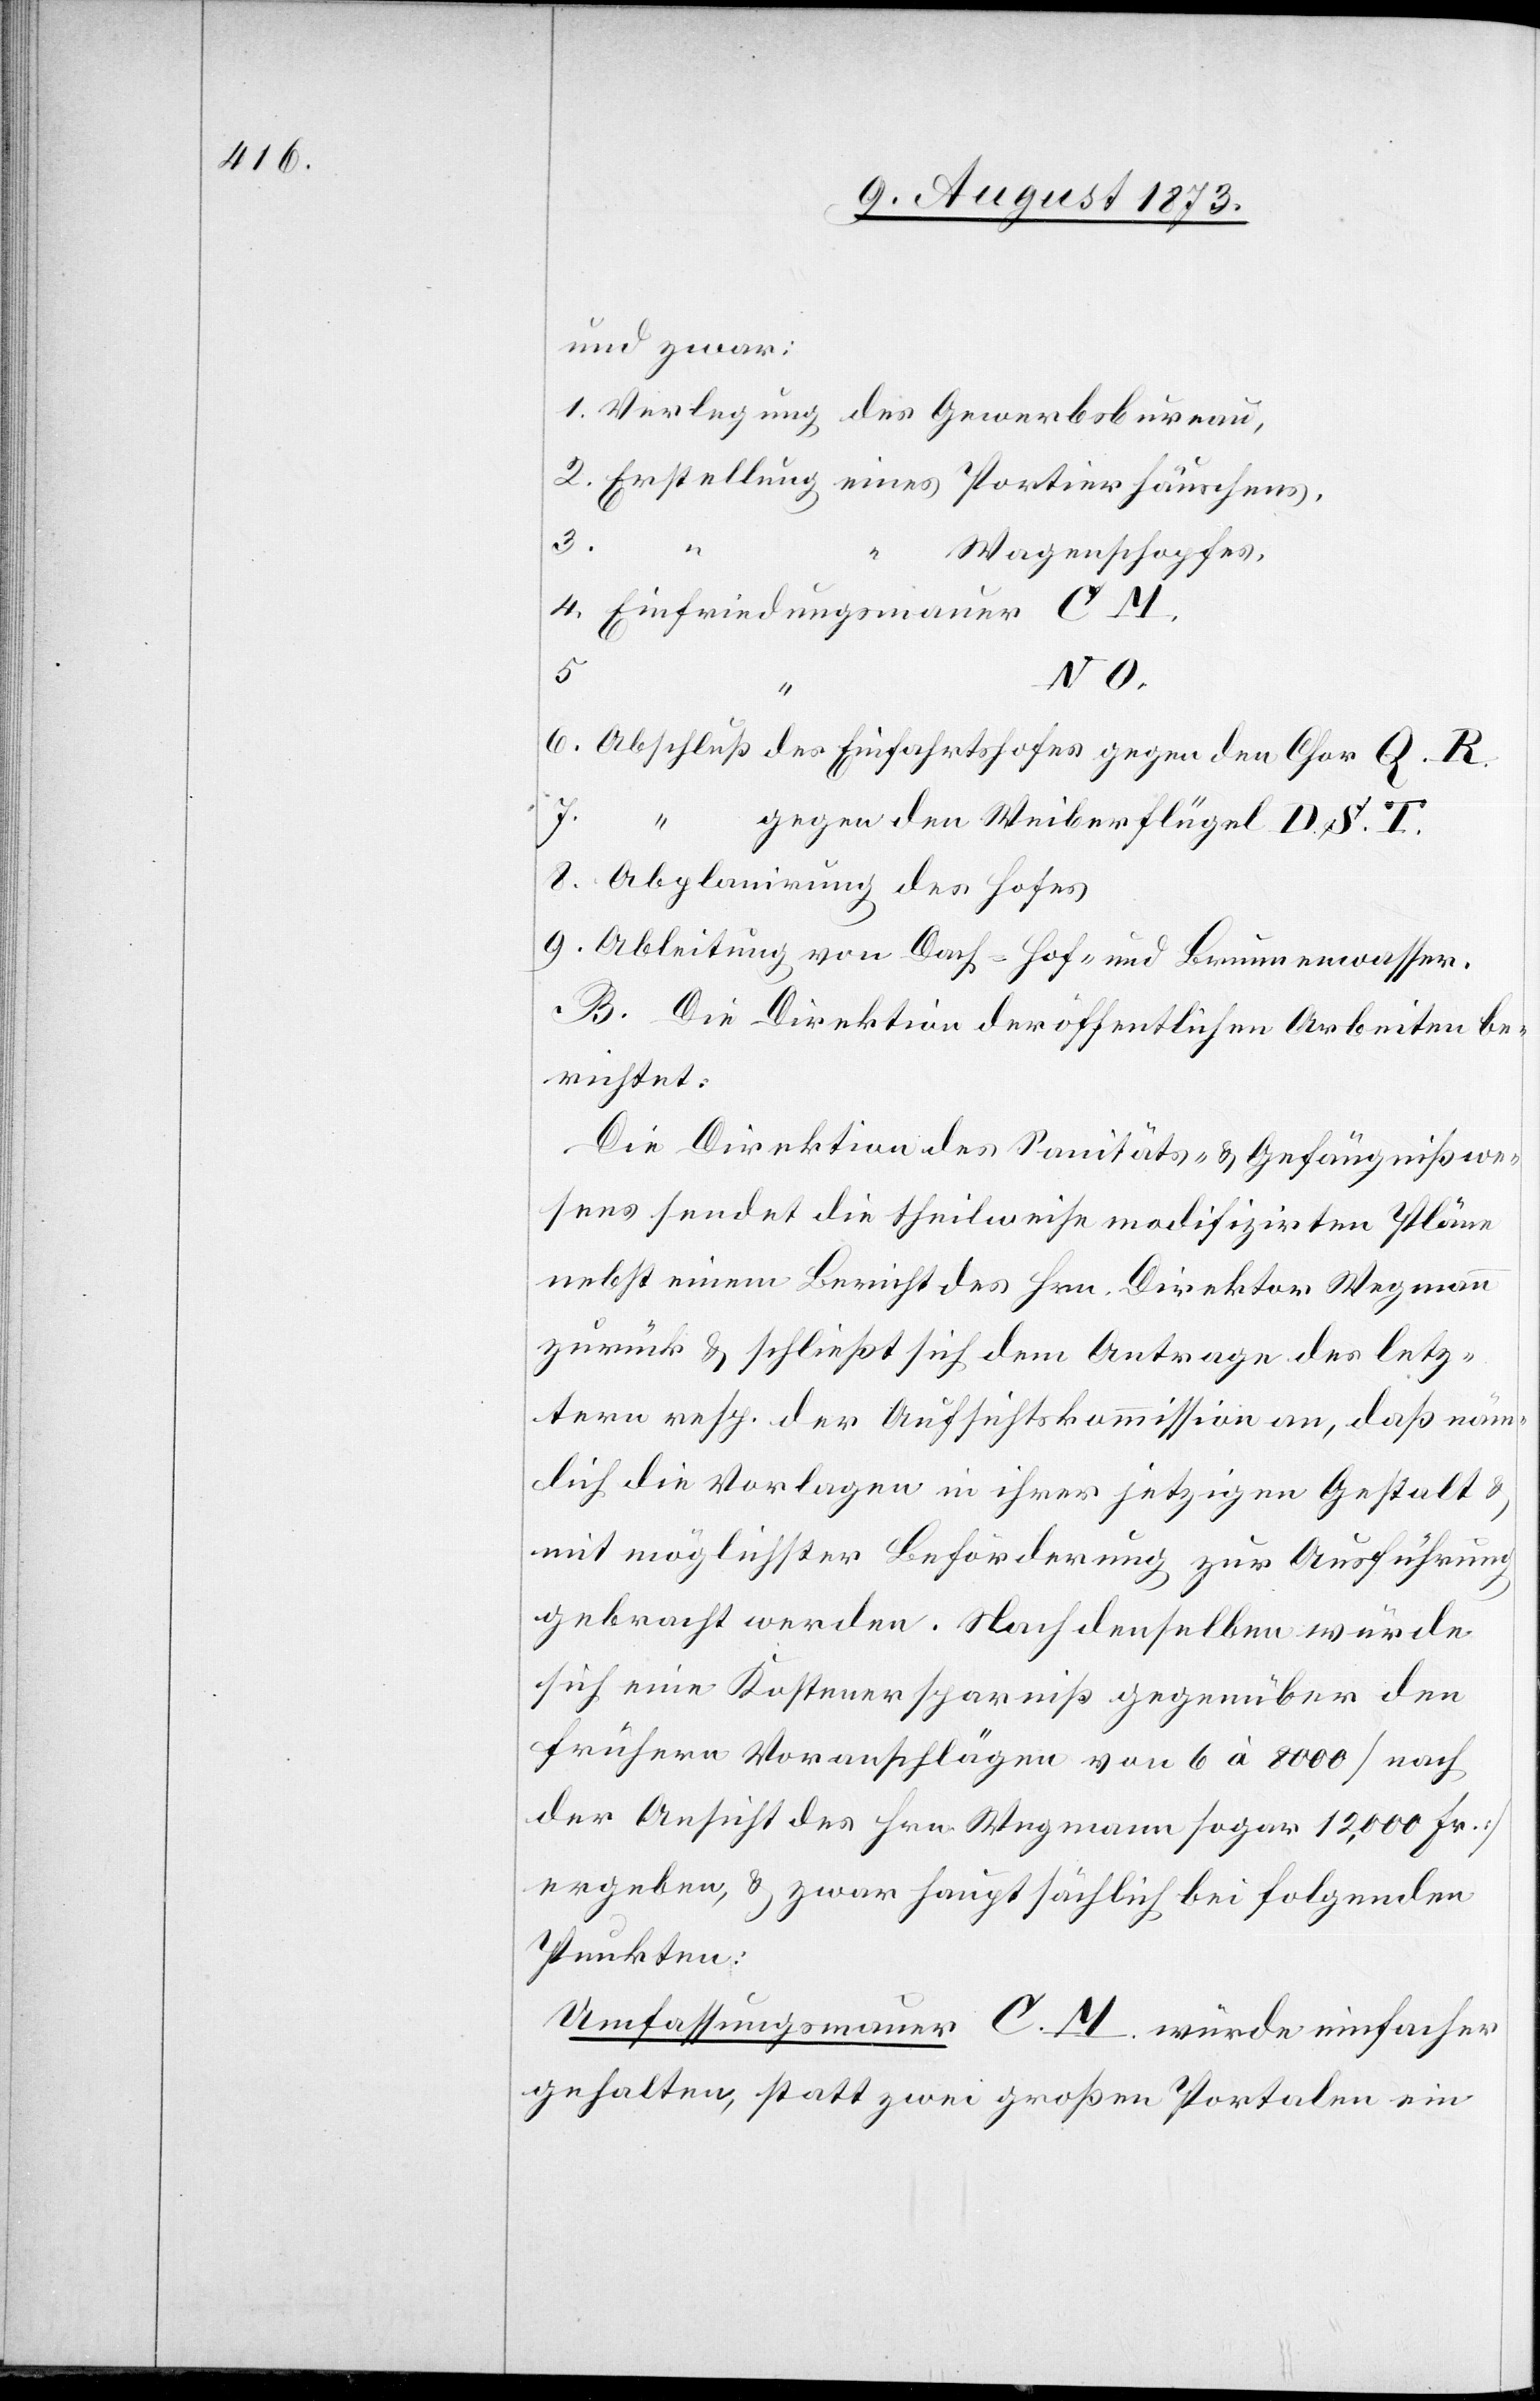
und zwar:
Verlegung des Gewerbsbureau,
3.
“
Wagenschopfes,
8.
N O.
T.
Abschluß des Einfahrtshofes gegen den Chor Q. R.
“ gegen den Weiberflügel D. S.
Ableitung von Dach- Hof- und Brunnenwasser.
B. Die Direktion der öffentlichen Arbeiten be¬
richtet:
Die Direktion des Sanitäts- & Gefängnißwe¬
sens sendet die theilweise modifizirten Pläne
nebst einem Bericht des Hrn. Direktor Wegmann
zurück & schließt sich dem Antrage des letz¬
tern resp. der Aufsichtskommission an, daß näm¬
lich die Vorlagen in ihrer jetzigen Gestalt &
mit möglichster Beförderung zur Ausführung
gebracht werden. Nach denselben würde
sich eine Kostenersparniß gegenüber den
frühern Voranschlägen von 6 à 8 000 [nach
der Ansicht des Hrn. Wegmann sogar 12,000 Fr.]
ergeben, & zwar hauptsächlich bei folgenden
Punkten:
Umfassungsmauer C. M. würde einfacher
gehalten, statt zwei große Portalen ein